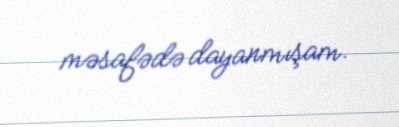
məsafədə dayanmışam.